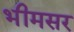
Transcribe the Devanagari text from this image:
भीमसर